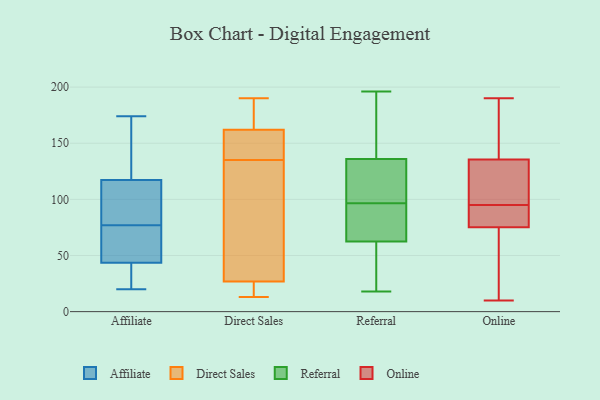
{"axis": {"x": "Production Output", "y": "Value"}, "legend": ["Affiliate", "Direct Sales", "Online", "Referral"], "data": [{"x": "", "y": 20, "type": "Affiliate"}, {"x": "", "y": 105, "type": "Affiliate"}, {"x": "", "y": 174, "type": "Affiliate"}, {"x": "", "y": 56, "type": "Affiliate"}, {"x": "", "y": 83, "type": "Affiliate"}, {"x": "", "y": 116, "type": "Affiliate"}, {"x": "", "y": 75, "type": "Affiliate"}, {"x": "", "y": 77, "type": "Affiliate"}, {"x": "", "y": 30, "type": "Affiliate"}, {"x": "", "y": 124, "type": "Affiliate"}, {"x": "", "y": 48, "type": "Affiliate"}, {"x": "", "y": 29, "type": "Affiliate"}, {"x": "", "y": 121, "type": "Affiliate"}, {"x": "", "y": 177, "type": "Direct Sales"}, {"x": "", "y": 23, "type": "Direct Sales"}, {"x": "", "y": 155, "type": "Direct Sales"}, {"x": "", "y": 157, "type": "Direct Sales"}, {"x": "", "y": 130, "type": "Direct Sales"}, {"x": "", "y": 182, "type": "Direct Sales"}, {"x": "", "y": 152, "type": "Direct Sales"}, {"x": "", "y": 69, "type": "Direct Sales"}, {"x": "", "y": 14, "type": "Direct Sales"}, {"x": "", "y": 13, "type": "Direct Sales"}, {"x": "", "y": 28, "type": "Direct Sales"}, {"x": "", "y": 135, "type": "Direct Sales"}, {"x": "", "y": 190, "type": "Direct Sales"}, {"x": "", "y": 18, "type": "Referral"}, {"x": "", "y": 177, "type": "Referral"}, {"x": "", "y": 93, "type": "Referral"}, {"x": "", "y": 165, "type": "Referral"}, {"x": "", "y": 38, "type": "Referral"}, {"x": "", "y": 107, "type": "Referral"}, {"x": "", "y": 120, "type": "Referral"}, {"x": "", "y": 196, "type": "Referral"}, {"x": "", "y": 50, "type": "Referral"}, {"x": "", "y": 127, "type": "Referral"}, {"x": "", "y": 92, "type": "Referral"}, {"x": "", "y": 62, "type": "Referral"}, {"x": "", "y": 63, "type": "Referral"}, {"x": "", "y": 80, "type": "Referral"}, {"x": "", "y": 89, "type": "Referral"}, {"x": "", "y": 38, "type": "Referral"}, {"x": "", "y": 100, "type": "Referral"}, {"x": "", "y": 111, "type": "Referral"}, {"x": "", "y": 165, "type": "Referral"}, {"x": "", "y": 145, "type": "Referral"}, {"x": "", "y": 93, "type": "Online"}, {"x": "", "y": 78, "type": "Online"}, {"x": "", "y": 176, "type": "Online"}, {"x": "", "y": 112, "type": "Online"}, {"x": "", "y": 10, "type": "Online"}, {"x": "", "y": 190, "type": "Online"}, {"x": "", "y": 21, "type": "Online"}, {"x": "", "y": 135, "type": "Online"}, {"x": "", "y": 83, "type": "Online"}, {"x": "", "y": 137, "type": "Online"}, {"x": "", "y": 34, "type": "Online"}, {"x": "", "y": 67, "type": "Online"}, {"x": "", "y": 118, "type": "Online"}, {"x": "", "y": 106, "type": "Online"}, {"x": "", "y": 95, "type": "Online"}, {"x": "", "y": 160, "type": "Online"}, {"x": "", "y": 79, "type": "Online"}]}